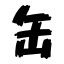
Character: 缶